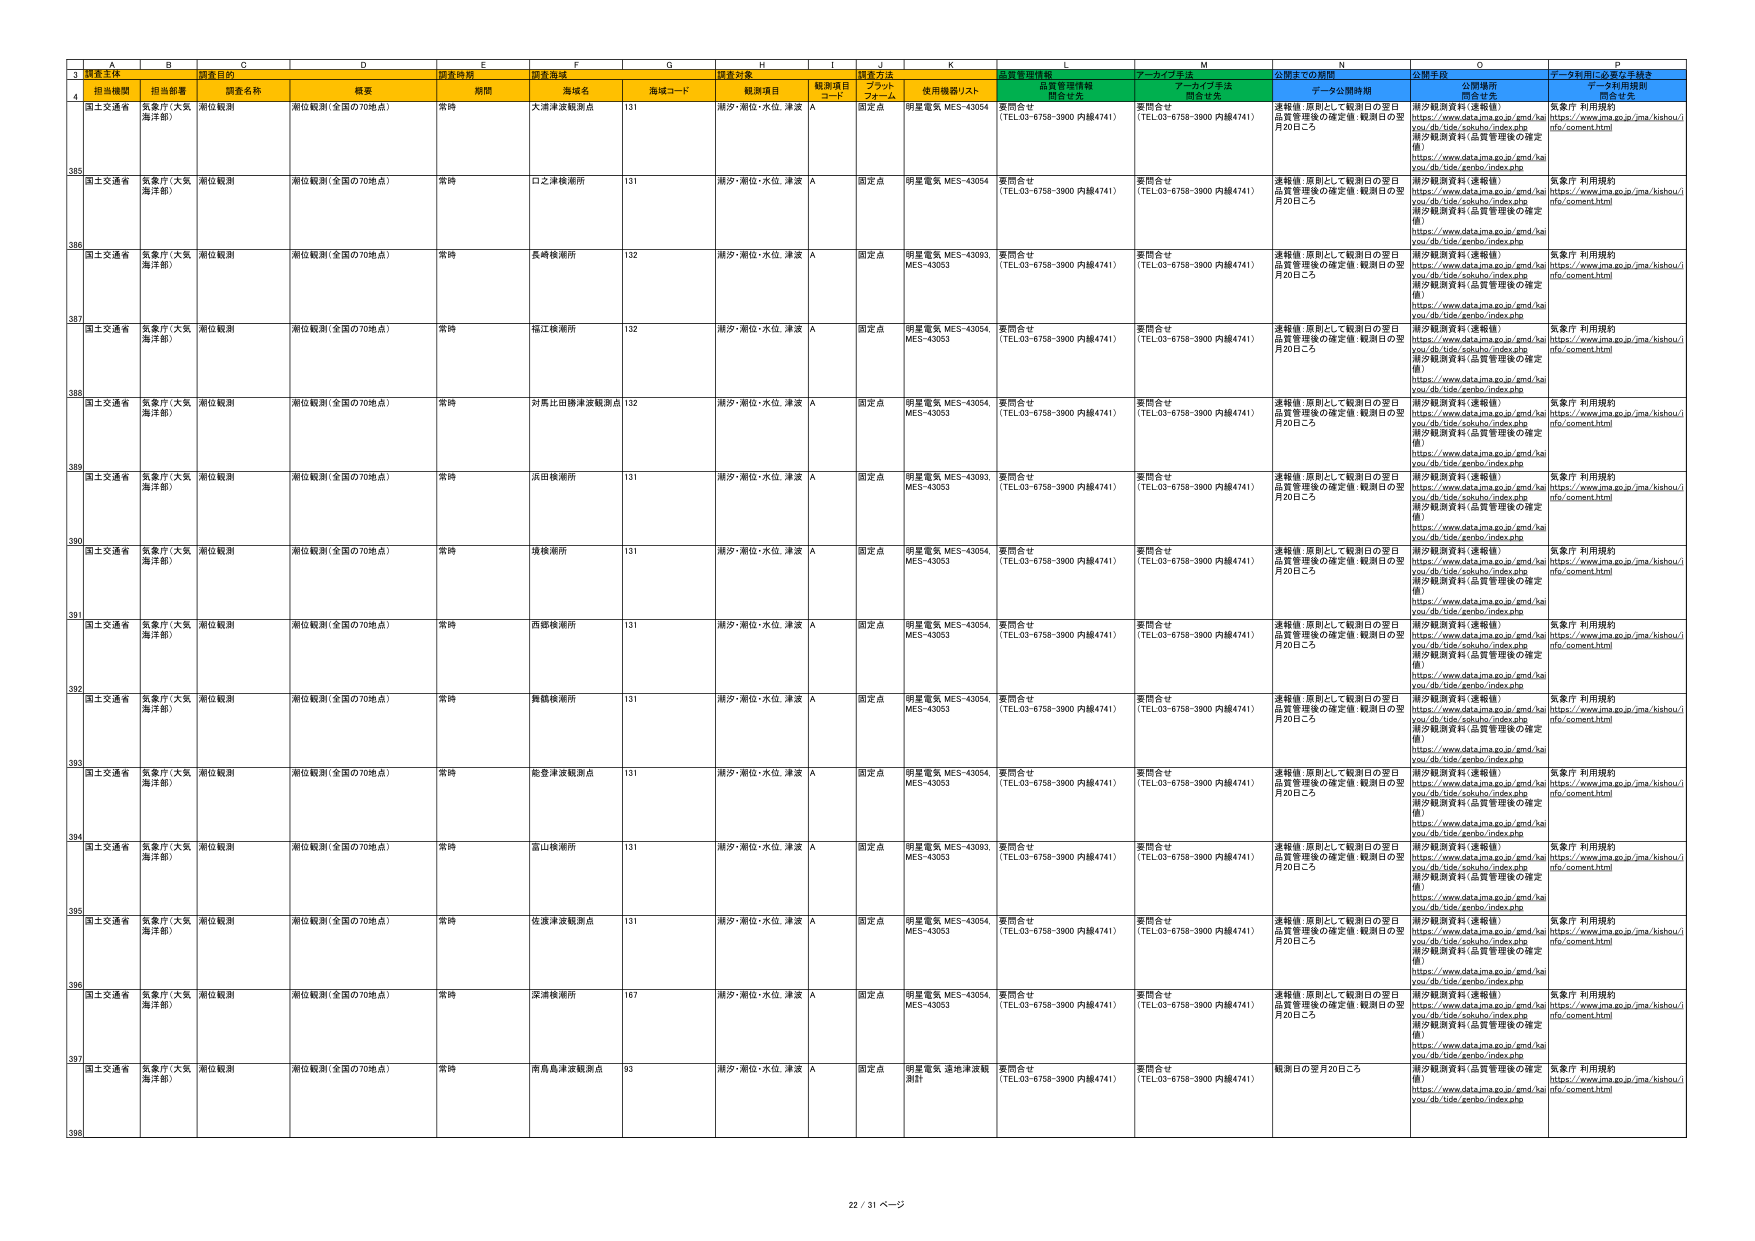
3 調査主体 調査目的 調査時期 調査海域 調査対象 調査方法 品質管理情報 アーカイブ手法 公開までの期間 公開手段 データ利用に必要な手続き
4 担当機関 担当部署 調査名称 概要 期間 海域名 海域コード 観測項目 観測項目 コード ブラック フォール 使用機器リスト 問合せ先 問合せ先 問合せ先 問合せ先
385 国土交通省 気象庁（大阪海洋部） 潮位観測 潮位観測（全国の70地点） 常時 大津津波観測点 131 潮汐・潮位・水位、津波 A 固定点 明星電気 MES-43054 要問合せ （TEL03-6758-3900 内線4741） 要問合せ （TEL03-6758-3900 内線4741） 連絡後、原則として観測日の翌日 品質管理後の確定値：観測日の翌月20日ころ 潮汐観測資料（速報値） https://www.data.jma.go.jp/gmd/ha you/db/tide/sokuhou/index.php 潮汐観測資料（品質管理後の確定値） https://www.data.jma.go.jp/gmd/ha you/db/tide/zenbo/index.php 気象庁 利用規約 https://www.jma.go.jp/jma/kishou/i nfo/comment.html
386 国土交通省 気象庁（大阪海洋部） 潮位観測 潮位観測（全国の70地点） 常時 口之津検潮所 131 潮汐・潮位・水位、津波 A 固定点 明星電気 MES-43054 要問合せ （TEL03-6758-3900 内線4741） 要問合せ （TEL03-6758-3900 内線4741） 連絡後、原則として観測日の翌日 品質管理後の確定値：観測日の翌月20日ころ 潮汐観測資料（速報値） https://www.data.jma.go.jp/gmd/ha you/db/tide/sokuhou/index.php 潮汐観測資料（品質管理後の確定値） https://www.data.jma.go.jp/gmd/ha you/db/tide/zenbo/index.php 気象庁 利用規約 https://www.jma.go.jp/jma/kishou/i nfo/comment.html
387 国土交通省 気象庁（大阪海洋部） 潮位観測 潮位観測（全国の70地点） 常時 長崎検潮所 132 潮汐・潮位・水位、津波 A 固定点 明星電気 MES-43093 MES-43053 要問合せ （TEL03-6758-3900 内線4741） 要問合せ （TEL03-6758-3900 内線4741） 連絡後、原則として観測日の翌日 品質管理後の確定値：観測日の翌月20日ころ 潮汐観測資料（速報値） https://www.data.jma.go.jp/gmd/ha you/db/tide/sokuhou/index.php 潮汐観測資料（品質管理後の確定値） https://www.data.jma.go.jp/gmd/ha you/db/tide/zenbo/index.php 気象庁 利用規約 https://www.jma.go.jp/jma/kishou/i nfo/comment.html
388 国土交通省 気象庁（大阪海洋部） 潮位観測 潮位観測（全国の70地点） 常時 福江検潮所 132 潮汐・潮位・水位、津波 A 固定点 明星電気 MES-43054 MES-43053 要問合せ （TEL03-6758-3900 内線4741） 要問合せ （TEL03-6758-3900 内線4741） 連絡後、原則として観測日の翌日 品質管理後の確定値：観測日の翌月20日ころ 潮汐観測資料（速報値） https://www.data.jma.go.jp/gmd/ha you/db/tide/sokuhou/index.php 潮汐観測資料（品質管理後の確定値） https://www.data.jma.go.jp/gmd/ha you/db/tide/zenbo/index.php 気象庁 利用規約 https://www.jma.go.jp/jma/kishou/i nfo/comment.html
389 国土交通省 気象庁（大阪海洋部） 潮位観測 潮位観測（全国の70地点） 常時 対馬比田検津波観測点 132 潮汐・潮位・水位、津波 A 固定点 明星電気 MES-43054 MES-43053 要問合せ （TEL03-6758-3900 内線4741） 要問合せ （TEL03-6758-3900 内線4741） 連絡後、原則として観測日の翌日 品質管理後の確定値：観測日の翌月20日ころ 潮汐観測資料（速報値） https://www.data.jma.go.jp/gmd/ha you/db/tide/sokuhou/index.php 潮汐観測資料（品質管理後の確定値） https://www.data.jma.go.jp/gmd/ha you/db/tide/zenbo/index.php 気象庁 利用規約 https://www.jma.go.jp/jma/kishou/i nfo/comment.html
390 国土交通省 気象庁（大阪海洋部） 潮位観測 潮位観測（全国の70地点） 常時 浜田検潮所 131 潮汐・潮位・水位、津波 A 固定点 明星電気 MES-43093 MES-43053 要問合せ （TEL03-6758-3900 内線4741） 要問合せ （TEL03-6758-3900 内線4741） 連絡後、原則として観測日の翌日 品質管理後の確定値：観測日の翌月20日ころ 潮汐観測資料（速報値） https://www.data.jma.go.jp/gmd/ha you/db/tide/sokuhou/index.php 潮汐観測資料（品質管理後の確定値） https://www.data.jma.go.jp/gmd/ha you/db/tide/zenbo/index.php 気象庁 利用規約 https://www.jma.go.jp/jma/kishou/i nfo/comment.html
391 国土交通省 気象庁（大阪海洋部） 潮位観測 潮位観測（全国の70地点） 常時 境検潮所 131 潮汐・潮位・水位、津波 A 固定点 明星電気 MES-43054 MES-43053 要問合せ （TEL03-6758-3900 内線4741） 要問合せ （TEL03-6758-3900 内線4741） 連絡後、原則として観測日の翌日 品質管理後の確定値：観測日の翌月20日ころ 潮汐観測資料（速報値） https://www.data.jma.go.jp/gmd/ha you/db/tide/sokuhou/index.php 潮汐観測資料（品質管理後の確定値） https://www.data.jma.go.jp/gmd/ha you/db/tide/zenbo/index.php 気象庁 利用規約 https://www.jma.go.jp/jma/kishou/i nfo/comment.html
392 国土交通省 気象庁（大阪海洋部） 潮位観測 潮位観測（全国の70地点） 常時 西郷検潮所 131 潮汐・潮位・水位、津波 A 固定点 明星電気 MES-43054 MES-43053 要問合せ （TEL03-6758-3900 内線4741） 要問合せ （TEL03-6758-3900 内線4741） 連絡後、原則として観測日の翌日 品質管理後の確定値：観測日の翌月20日ころ 潮汐観測資料（速報値） https://www.data.jma.go.jp/gmd/ha you/db/tide/sokuhou/index.php 潮汐観測資料（品質管理後の確定値） https://www.data.jma.go.jp/gmd/ha you/db/tide/zenbo/index.php 気象庁 利用規約 https://www.jma.go.jp/jma/kishou/i nfo/comment.html
393 国土交通省 気象庁（大阪海洋部） 潮位観測 潮位観測（全国の70地点） 常時 舞鶴検潮所 131 潮汐・潮位・水位、津波 A 固定点 明星電気 MES-43054 MES-43053 要問合せ （TEL03-6758-3900 内線4741） 要問合せ （TEL03-6758-3900 内線4741） 連絡後、原則として観測日の翌日 品質管理後の確定値：観測日の翌月20日ころ 潮汐観測資料（速報値） https://www.data.jma.go.jp/gmd/ha you/db/tide/sokuhou/index.php 潮汐観測資料（品質管理後の確定値） https://www.data.jma.go.jp/gmd/ha you/db/tide/zenbo/index.php 気象庁 利用規約 https://www.jma.go.jp/jma/kishou/i nfo/comment.html
394 国土交通省 気象庁（大阪海洋部） 潮位観測 潮位観測（全国の70地点） 常時 能登津波観測点 131 潮汐・潮位・水位、津波 A 固定点 明星電気 MES-43054 MES-43053 要問合せ （TEL03-6758-3900 内線4741） 要問合せ （TEL03-6758-3900 内線4741） 連絡後、原則として観測日の翌日 品質管理後の確定値：観測日の翌月20日ころ 潮汐観測資料（速報値） https://www.data.jma.go.jp/gmd/ha you/db/tide/sokuhou/index.php 潮汐観測資料（品質管理後の確定値） https://www.data.jma.go.jp/gmd/ha you/db/tide/zenbo/index.php 気象庁 利用規約 https://www.jma.go.jp/jma/kishou/i nfo/comment.html
395 国土交通省 気象庁（大阪海洋部） 潮位観測 潮位観測（全国の70地点） 常時 富山検潮所 131 潮汐・潮位・水位、津波 A 固定点 明星電気 MES-43093 MES-43053 要問合せ （TEL03-6758-3900 内線4741） 要問合せ （TEL03-6758-3900 内線4741） 連絡後、原則として観測日の翌日 品質管理後の確定値：観測日の翌月20日ころ 潮汐観測資料（速報値） https://www.data.jma.go.jp/gmd/ha you/db/tide/sokuhou/index.php 潮汐観測資料（品質管理後の確定値） https://www.data.jma.go.jp/gmd/ha you/db/tide/zenbo/index.php 気象庁 利用規約 https://www.jma.go.jp/jma/kishou/i nfo/comment.html
396 国土交通省 気象庁（大阪海洋部） 潮位観測 潮位観測（全国の70地点） 常時 佐渡津波観測点 131 潮汐・潮位・水位、津波 A 固定点 明星電気 MES-43054 MES-43053 要問合せ （TEL03-6758-3900 内線4741） 要問合せ （TEL03-6758-3900 内線4741） 連絡後、原則として観測日の翌日 品質管理後の確定値：観測日の翌月20日ころ 潮汐観測資料（速報値） https://www.data.jma.go.jp/gmd/ha you/db/tide/sokuhou/index.php 潮汐観測資料（品質管理後の確定値） https://www.data.jma.go.jp/gmd/ha you/db/tide/zenbo/index.php 気象庁 利用規約 https://www.jma.go.jp/jma/kishou/i nfo/comment.html
397 国土交通省 気象庁（大阪海洋部） 潮位観測 潮位観測（全国の70地点） 常時 深浦検潮所 167 潮汐・潮位・水位、津波 A 固定点 明星電気 MES-43054 MES-43053 要問合せ （TEL03-6758-3900 内線4741） 要問合せ （TEL03-6758-3900 内線4741） 連絡後、原則として観測日の翌日 品質管理後の確定値：観測日の翌月20日ころ 潮汐観測資料（速報値） https://www.data.jma.go.jp/gmd/ha you/db/tide/sokuhou/index.php 潮汐観測資料（品質管理後の確定値） https://www.data.jma.go.jp/gmd/ha you/db/tide/zenbo/index.php 気象庁 利用規約 https://www.jma.go.jp/jma/kishou/i nfo/comment.html
398 国土交通省 気象庁（大阪海洋部） 潮位観測 潮位観測（全国の70地点） 常時 南島島津波観測点 93 潮汐・潮位・水位、津波 A 固定点 明星電気 遙地津波観測計 要問合せ （TEL03-6758-3900 内線4741） 要問合せ （TEL03-6758-3900 内線4741） 観測日の翌月20日ころ 潮汐観測資料（品質管理後の確定値） https://www.data.jma.go.jp/gmd/ha you/db/tide/zenbo/index.php 気象庁 利用規約 https://www.jma.go.jp/jma/kishou/i nfo/comment.html
22 / 31 ページ